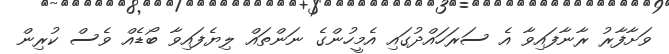
ވަށާފާރު ރާނާފައިވާ އެ ސަރަހައްދުގައި އެމީހުންގެ ނަންތައް ލިޔެފައިވާ ބޯޑެއް ވެސް ކުރިން